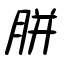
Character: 胼